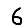
Digit: 6